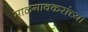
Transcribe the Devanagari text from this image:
माळगावकरांच्या